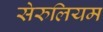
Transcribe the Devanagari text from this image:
सेरुलियम